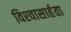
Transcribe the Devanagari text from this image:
विश्‍वासार्हता